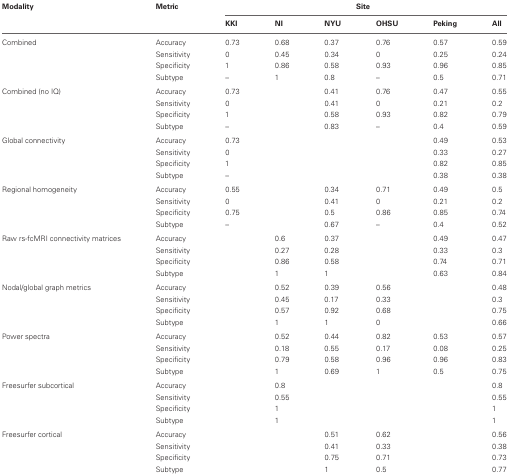
<table><thead><tr><td><b>Modality</b></td><td><b>Metric</b></td><td colspan="6"><b>Site</b></td></tr><tr><td>[EMPTY_CELL]</td><td>[EMPTY_CELL]</td><td><b>KKI</b></td><td><b>NI</b></td><td><b>NYU</b></td><td><b>OHSU</b></td><td><b>Peking</b></td><td><b>All</b></td></tr></thead><tbody><tr><td>Combined</td><td>Accuracy</td><td>0.73</td><td>0.68</td><td>0.37</td><td>0.76</td><td>0.57</td><td>0.59</td></tr><tr><td>[EMPTY_CELL]</td><td>Sensitivity</td><td>0</td><td>0.45</td><td>0.34</td><td>0</td><td>0.25</td><td>0.24</td></tr><tr><td>[EMPTY_CELL]</td><td>Specificity</td><td>1</td><td>0.86</td><td>0.58</td><td>0.93</td><td>0.96</td><td>0.85</td></tr><tr><td>[EMPTY_CELL]</td><td>Subtype</td><td>–</td><td>1</td><td>0.8</td><td>–</td><td>0.5</td><td>0.71</td></tr><tr><td>Combined (no IQ)</td><td>Accuracy</td><td>0.73</td><td>[EMPTY_CELL]</td><td>0.41</td><td>0.76</td><td>0.47</td><td>0.55</td></tr><tr><td>[EMPTY_CELL]</td><td>Sensitivity</td><td>0</td><td>[EMPTY_CELL]</td><td>0.41</td><td>0</td><td>0.21</td><td>0.2</td></tr><tr><td>[EMPTY_CELL]</td><td>Specificity</td><td>1</td><td>[EMPTY_CELL]</td><td>0.58</td><td>0.93</td><td>0.82</td><td>0.79</td></tr><tr><td>[EMPTY_CELL]</td><td>Subtype</td><td>–</td><td>[EMPTY_CELL]</td><td>0.83</td><td>–</td><td>0.4</td><td>0.59</td></tr><tr><td>Global connectivity</td><td>Accuracy</td><td>0.73</td><td>[EMPTY_CELL]</td><td>[EMPTY_CELL]</td><td>[EMPTY_CELL]</td><td>0.49</td><td>0.53</td></tr><tr><td>[EMPTY_CELL]</td><td>Sensitivity</td><td>0</td><td>[EMPTY_CELL]</td><td>[EMPTY_CELL]</td><td>[EMPTY_CELL]</td><td>0.33</td><td>0.27</td></tr><tr><td>[EMPTY_CELL]</td><td>Specificity</td><td>1</td><td>[EMPTY_CELL]</td><td>[EMPTY_CELL]</td><td>[EMPTY_CELL]</td><td>0.82</td><td>0.85</td></tr><tr><td>[EMPTY_CELL]</td><td>Subtype</td><td>–</td><td>[EMPTY_CELL]</td><td>[EMPTY_CELL]</td><td>[EMPTY_CELL]</td><td>0.38</td><td>0.38</td></tr><tr><td>Regional homogeneity</td><td>Accuracy</td><td>0.55</td><td>[EMPTY_CELL]</td><td>0.34</td><td>0.71</td><td>0.49</td><td>0.5</td></tr><tr><td>[EMPTY_CELL]</td><td>Sensitivity</td><td>0</td><td>[EMPTY_CELL]</td><td>0.41</td><td>0</td><td>0.21</td><td>0.2</td></tr><tr><td>[EMPTY_CELL]</td><td>Specificity</td><td>0.75</td><td>[EMPTY_CELL]</td><td>0.5</td><td>0.86</td><td>0.85</td><td>0.74</td></tr><tr><td>[EMPTY_CELL]</td><td>Subtype</td><td>–</td><td>[EMPTY_CELL]</td><td>0.67</td><td>–</td><td>0.4</td><td>0.52</td></tr><tr><td>Raw rs-fcMRI connectivity matrices</td><td>Accuracy</td><td>[EMPTY_CELL]</td><td>0.6</td><td>0.37</td><td>[EMPTY_CELL]</td><td>0.49</td><td>0.47</td></tr><tr><td>[EMPTY_CELL]</td><td>Sensitivity</td><td>[EMPTY_CELL]</td><td>0.27</td><td>0.28</td><td>[EMPTY_CELL]</td><td>0.33</td><td>0.3</td></tr><tr><td>[EMPTY_CELL]</td><td>Specificity</td><td>[EMPTY_CELL]</td><td>0.86</td><td>0.58</td><td>[EMPTY_CELL]</td><td>0.74</td><td>0.71</td></tr><tr><td>[EMPTY_CELL]</td><td>Subtype</td><td>[EMPTY_CELL]</td><td>1</td><td>1</td><td>[EMPTY_CELL]</td><td>0.63</td><td>0.84</td></tr><tr><td>Nodal/global graph metrics</td><td>Accuracy</td><td>[EMPTY_CELL]</td><td>0.52</td><td>0.39</td><td>0.56</td><td>[EMPTY_CELL]</td><td>0.48</td></tr><tr><td>[EMPTY_CELL]</td><td>Sensitivity</td><td>[EMPTY_CELL]</td><td>0.45</td><td>0.17</td><td>0.33</td><td>[EMPTY_CELL]</td><td>0.3</td></tr><tr><td>[EMPTY_CELL]</td><td>Specificity</td><td>[EMPTY_CELL]</td><td>0.57</td><td>0.92</td><td>0.68</td><td>[EMPTY_CELL]</td><td>0.75</td></tr><tr><td>[EMPTY_CELL]</td><td>Subtype</td><td>[EMPTY_CELL]</td><td>1</td><td>1</td><td>0</td><td>[EMPTY_CELL]</td><td>0.66</td></tr><tr><td>Power spectra</td><td>Accuracy</td><td>[EMPTY_CELL]</td><td>0.52</td><td>0.44</td><td>0.82</td><td>0.53</td><td>0.57</td></tr><tr><td>[EMPTY_CELL]</td><td>Sensitivity</td><td>[EMPTY_CELL]</td><td>0.18</td><td>0.55</td><td>0.17</td><td>0.08</td><td>0.25</td></tr><tr><td>[EMPTY_CELL]</td><td>Specificity</td><td>[EMPTY_CELL]</td><td>0.79</td><td>0.58</td><td>0.96</td><td>0.96</td><td>0.83</td></tr><tr><td>[EMPTY_CELL]</td><td>Subtype</td><td>[EMPTY_CELL]</td><td>1</td><td>0.69</td><td>1</td><td>0.5</td><td>0.75</td></tr><tr><td>Freesurfer subcortical</td><td>Accuracy</td><td>[EMPTY_CELL]</td><td>0.8</td><td>[EMPTY_CELL]</td><td>[EMPTY_CELL]</td><td>[EMPTY_CELL]</td><td>0.8</td></tr><tr><td>[EMPTY_CELL]</td><td>Sensitivity</td><td>[EMPTY_CELL]</td><td>0.55</td><td>[EMPTY_CELL]</td><td>[EMPTY_CELL]</td><td>[EMPTY_CELL]</td><td>0.55</td></tr><tr><td>[EMPTY_CELL]</td><td>Specificity</td><td>[EMPTY_CELL]</td><td>1</td><td>[EMPTY_CELL]</td><td>[EMPTY_CELL]</td><td>[EMPTY_CELL]</td><td>1</td></tr><tr><td>[EMPTY_CELL]</td><td>Subtype</td><td>[EMPTY_CELL]</td><td>1</td><td>[EMPTY_CELL]</td><td>[EMPTY_CELL]</td><td>[EMPTY_CELL]</td><td>1</td></tr><tr><td>Freesurfer cortical</td><td>Accuracy</td><td>[EMPTY_CELL]</td><td>[EMPTY_CELL]</td><td>0.51</td><td>0.62</td><td>[EMPTY_CELL]</td><td>0.56</td></tr><tr><td>[EMPTY_CELL]</td><td>Sensitivity</td><td>[EMPTY_CELL]</td><td>[EMPTY_CELL]</td><td>0.41</td><td>0.33</td><td>[EMPTY_CELL]</td><td>0.38</td></tr><tr><td>[EMPTY_CELL]</td><td>Specificity</td><td>[EMPTY_CELL]</td><td>[EMPTY_CELL]</td><td>0.75</td><td>0.71</td><td>[EMPTY_CELL]</td><td>0.73</td></tr><tr><td>[EMPTY_CELL]</td><td>Subtype</td><td>[EMPTY_CELL]</td><td>[EMPTY_CELL]</td><td>1</td><td>0.5</td><td>[EMPTY_CELL]</td><td>0.77</td></tr></tbody></table>